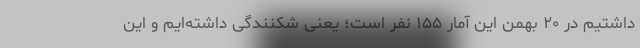
داشتیم در ۲۰ بهمن این آمار ۱۵۵ نفر است؛ یعنی شکنندگی داشته‌ایم و این